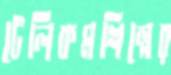
টেলিকমশিল্পের